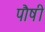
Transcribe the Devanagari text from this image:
पौषी